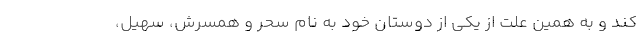
کند و به همین علت از یکی از دوستان خود به نام سحر و همسرش، سهیل،